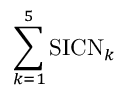
\sum _ { k = 1 } ^ { 5 } \mathrm { S I C N } _ { k }